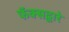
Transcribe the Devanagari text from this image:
फॅक्सद्वारे